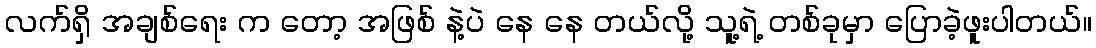
လက်ရှိ အချစ်ရေး က တော့ အဖြစ် နဲ့ပဲ နေ နေ တယ်လို့ သူ့ရဲ့ တစ်ခုမှာ ပြောခဲ့ဖူးပါတယ်။